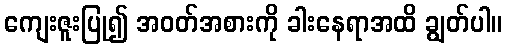
ကျေးဇူးပြု၍ အဝတ်အစားကို ခါးနေရာအထိ ချွတ်ပါ။